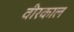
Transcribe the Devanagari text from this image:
वीरकाल